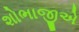
શોભાજીએ